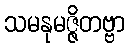
သမနုမဇ္ဇိတဗ္ဗာ